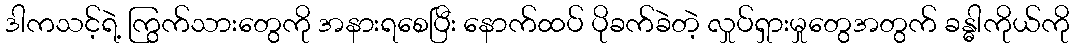
ဒါကသင့်ရဲ့ ကြွက်သားတွေကို အနားရစေပြီး နောက်ထပ် ပိုခက်ခဲတဲ့ လှုပ်ရှားမှုတွေအတွက် ခန္ဓါကိုယ်ကို